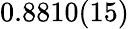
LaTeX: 0.8810(15)